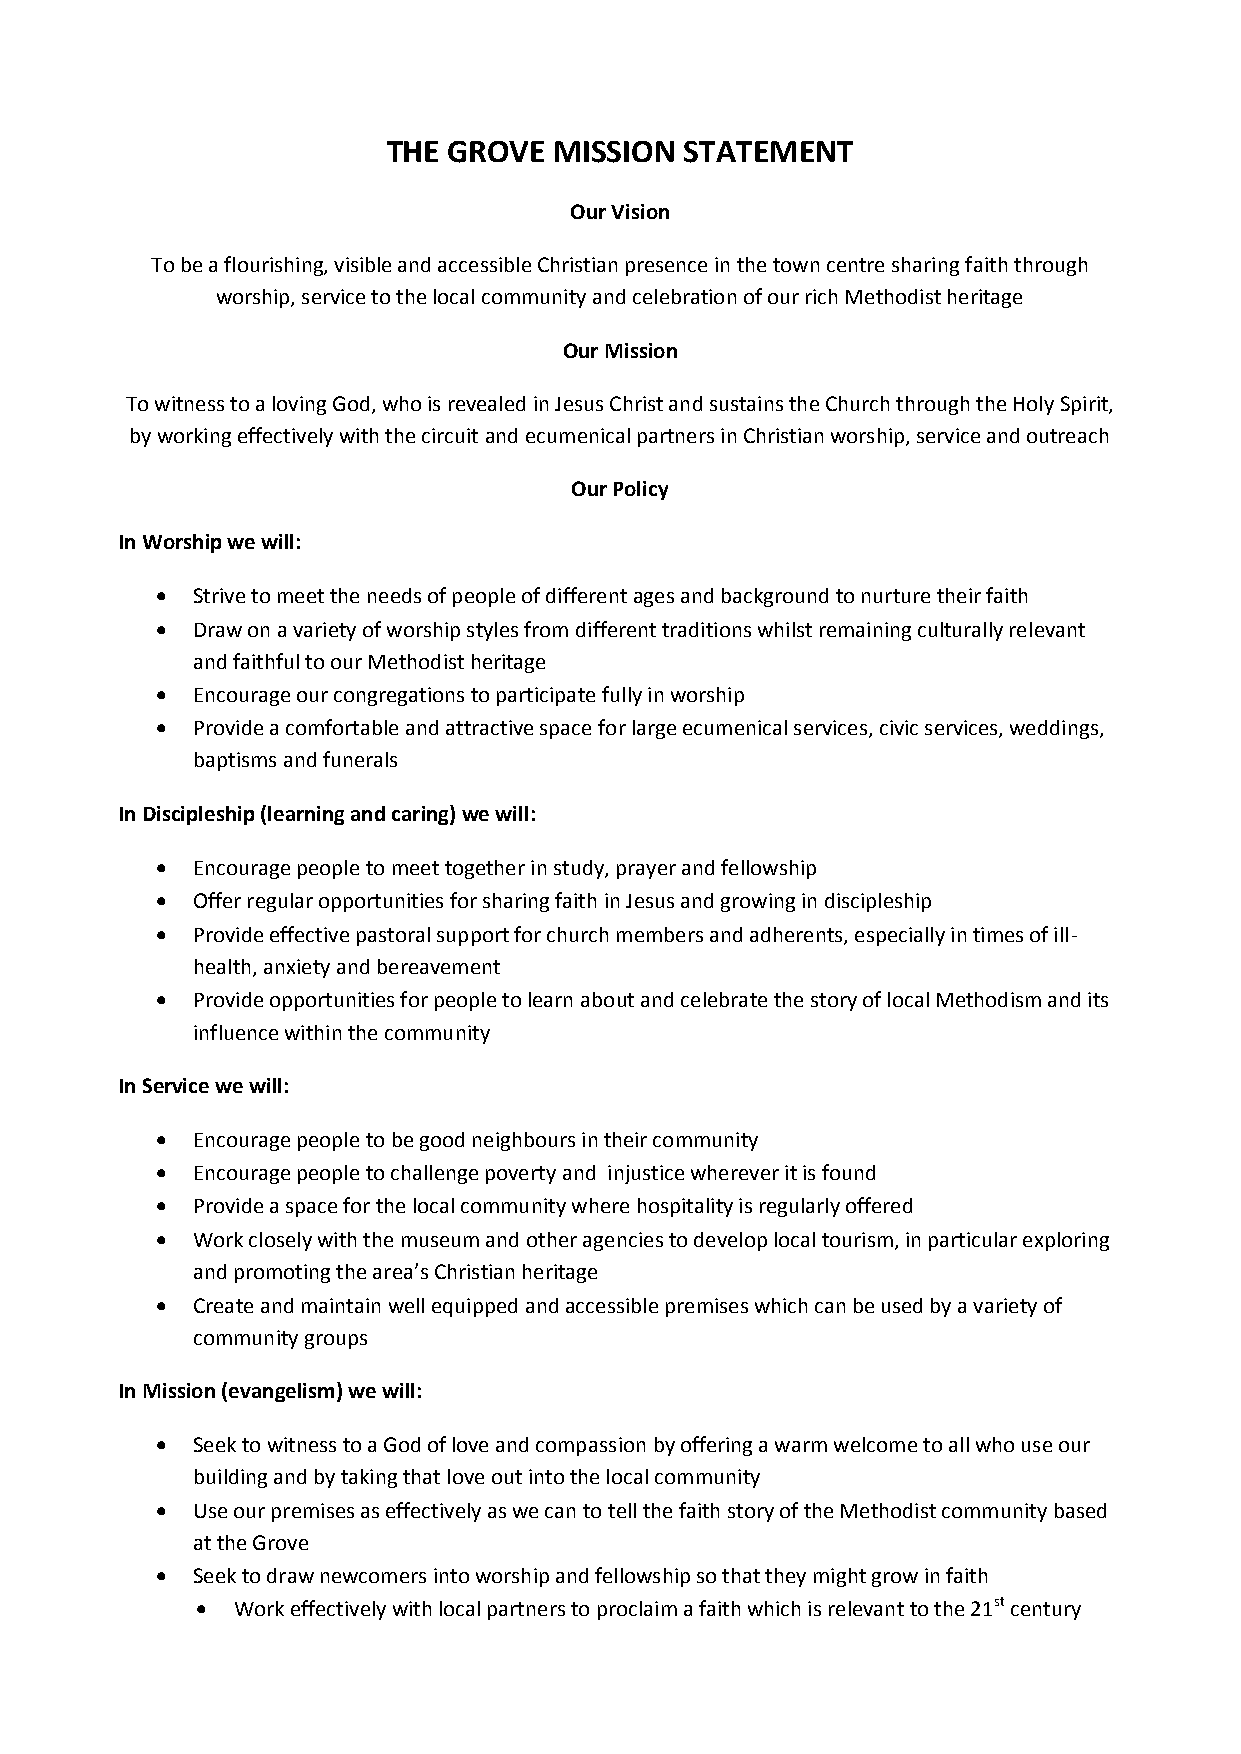
THE GROVE  MISSION STATEMENT
 Our Vision
 To be a flourishing, visible and accessible Christian presence in the town centre sharing faith through
 worship, service to the local community and celebration of our rich Methodist heritage
 Our Mission
 To witness to a loving God, who is revealed in Jesus Christ and sustains the Church through the Holy Spirit,
 by working effectively with the circuit and ecumenical partners in Christian worship, service and outreach
 Our Policy
 In Worship we will:
   Strive to meet the needs of people of different ages and background to nurture their faith
   Draw on a variety of worship styles from different traditions whilst remaining culturally relevant
 and faithful to our Methodist heritage
   Encourage our congregations to participate fully in worship
   Provide a comfortable and attractive space for large ecumenical services, civic services, weddings,
 baptisms and funerals
 In Discipleship (learning and caring) we will:
   Encourage people to meet together in study, prayer and fellowship
   Offer regular opportunities for sharing faith in Jesus and growing in discipleship
   Provide effective pastoral support for church members and adherents, especially in times of ill-
 health, anxiety and bereavement
   Provide opportunities for people to learn about and celebrate the story of local Methodism and its
 influence within the community
 In Service we will:
   Encourage people to be good neighbours in their community
   Encourage people to challenge poverty and injustice wherever it is found
   Provide a space for the local community where hospitality is regularly offered
   Work closely with the museum and other agencies to develop local tourism, in particular exploring
 and promoting the area’s Christian heritage
   Create and maintain well equipped and accessible premises which can be used by a variety of
 community groups
 In Mission (evangelism) we will:
   Seek to witness to a God of love and compassion by offering a warm welcome to all who use our
 building and by taking that love out into the local community
   Use our premises as effectively as we can to tell the faith story of the Methodist community based
 at the Grove
   Seek to draw newcomers into worship and fellowship so that they might grow in faith
  Work effectively with local partners to proclaim a faith which is relevant to the 21st century